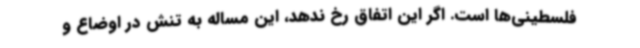
فلسطینی‌ها است. اگر این اتفاق رخ ندهد، این مساله به تنش در اوضاع و